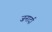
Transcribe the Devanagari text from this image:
जनार्दा